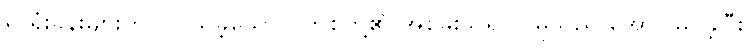
ရှိ ရုံးခန်းများတွင် ပြသခဲ့သော ဂိတ်စ်တို့၏ အစမ်းသရုပ်ပြမှုသည် အောင်မြင်ခဲ့ပြီး၊